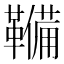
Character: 𮧫